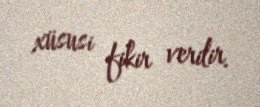
xüsusi fikir verilir.